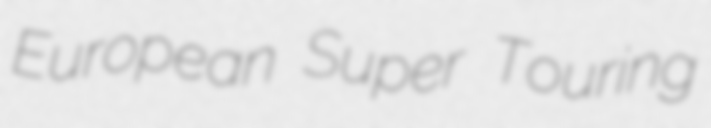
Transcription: European Super Touring